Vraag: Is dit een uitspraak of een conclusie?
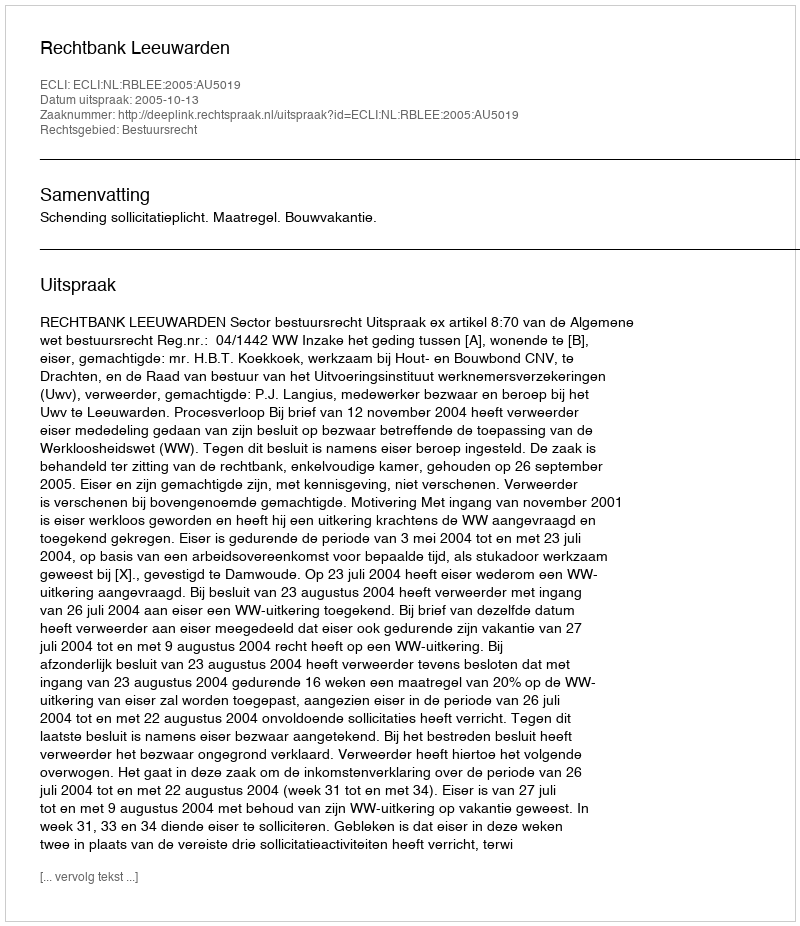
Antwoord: Uitspraak